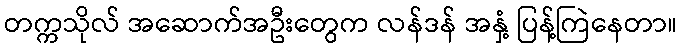
တက္ကသိုလ် အဆောက်အဦးတွေက လန်ဒန် အနှံ့ ပြန့်ကြဲနေတာ။